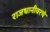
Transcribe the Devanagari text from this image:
राजधानीवरचे